Insane asylums in Bengal annual reports 1867-1875 - 1867-1875
Year: 1867
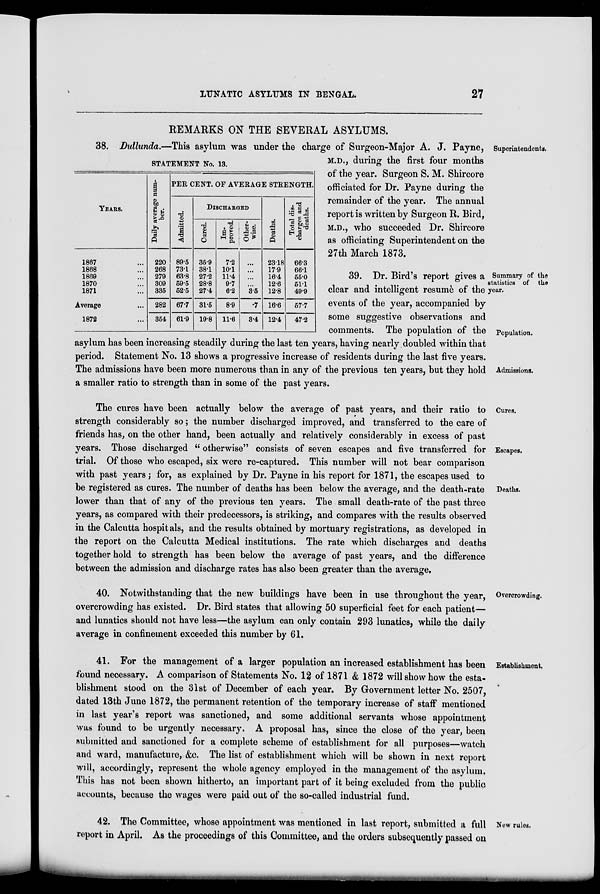
LUNATIC ASYLUMS IN BENGAL.
27
Superintendents.
STATEMENT No. 13.
YEARS.
1867 ...
1868 ...
1869 ...
1870 ...
1871 ...
Average ...
1872 ...
Daily average num-
ber.
220
268
279
309
335
282
354
PER CENT. OF AVERAGE STRENGTH.
Admitted.
89.5
73.1
63.8
59.5
52.5
67.7
61.9
DISCHARGED
Cured.
35.9
38.1
27.2
28.8
27.4
31.5
19.8
Im-
proved.
7.2
10.1
11.4
9.7
6.2
8.9
11.6
Other.
wise.
...
...
...
...
3.5
.7
3.4
Deaths.
23.18
17.9
16.4
12.6
12.8
16.6
12.4
Total dis-
charges and
deaths.
66.3
66.1
55.0
51.1
49.9
57.7
47.2
REMARKS ON THE SEVERAL ASYLUMS.
38. Dullunda.—This asylum was under the charge of Surgeon-Major A. J. Payne,
M.D., during the first four months
of the year. Surgeon S. M. Shircore
officiated for Dr. Payne during the
remainder of the year. The annual
report is written by Surgeon R. Bird,
M.D., who succeeded Dr. Shircore
as officiating Superintendent on the
27th March 1873.
Summary of the
statistics of the
year.
Population.
Admissions.
39. Dr. Bird's report gives a
clear and intelligent resumè of the
events of the year, accompanied by
some suggestive observations and
comments. The population of the
asylum has been increasing steadily during the last ten years, having nearly doubled within that
period. Statement No. 13 shows a progressive increase of residents during the last five years.
The admissions have been more numerous than in any of the previous ten years, but they hold
a smaller ratio to strength than in some of the past years.
Cures.
Escapes.
Deaths.
The cures have been actually below the average of past years, and their ratio to
strength considerably so ; the number discharged improved, and transferred to the care of
friends has, on the other hand, been actually and relatively considerably in excess of past
years. Those discharged " otherwise" consists of seven escapes and five transferred for
trial. Of those who escaped, six were re-captured. This number will not bear comparison
with past years; for, as explained by Dr. Payne in his report for 1871, the escapes used to
be registered as cures. The number of deaths has been below the average, and the death-rate
lower than that of any of the previous ten years. The small death-rate of the past three
years, as compared with their predecessors, is striking, and compares with the results observed
in the Calcutta hospitals, and the results obtained by mortuary registrations, as developed in
the report on the Calcutta Medical institutions. The rate which discharges and deaths
together hold to strength has been below the average of past years, and the difference
between the admission and discharge rates has also been greater than the average,
Overcrowding.
40. Notwithstanding that the new buildings have been in use throughout the year,
overcrowding has existed. Dr. Bird states that allowing 50 superficial feet for each patient—
and lunatics should not have less—the asylum can only contain 293 lunatics, while the daily
average in confinement exceeded this number by 61.
Establishment.
41. For the management of a larger population an increased establishment has been
found necessary. A comparison of Statements No. 12 of 1871 & 1872 will show how the esta-
blishment stood on the 31st of December of each year. By Government letter No. 2507,
dated 13th June 1872, the permanent retention of the temporary increase of staff mentioned
in last year's report was sanctioned, and some additional servants whose appointment
was found to be urgently necessary. A proposal has, since the close of the year, been
submitted and sanctioned for a complete scheme of establishment for all purposes—watch
and ward, manufacture, &c. The list of establishment which will be shown in next report
will, accordingly, represent the whole agency employed in the management of the asylum.
This has not been shown hitherto, an important part of it being excluded from the public
accounts, because the wages were paid out of the so-called industrial fund.
New rules.
42. The Committee, whose appointment was mentioned in last report, submitted a full
report in April. As the proceedings of this Committee, and the orders subsequently passed on